Scientific memoirs by medical officers of the Army of India - Part VII,
Year: 1892
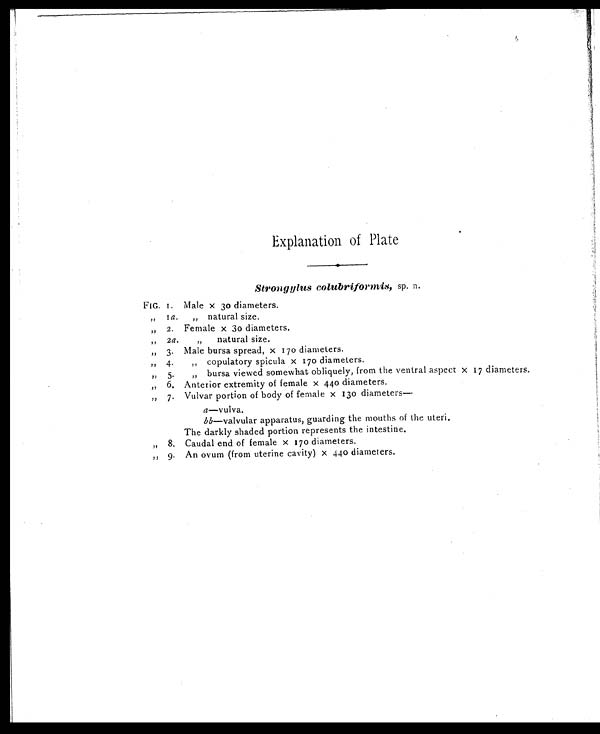
Explanation of Plate
Strongylus colubriformis, sp. n.
FIG. I. Male x 30 diameters.
„ I a. „ natural size.
„ 2. Female x 30 diameters.
„ 2 a.
„ natural size.
„ 3. Male bursa spread, x 170 diameters.
„
4.
„ copulatory spicula x 170 diameters.
„
5.
„ bursa viewed somewhat obliquely, from the ventral aspect x 17 diameters.
„ 6. Anterior extremity of female x 440 diameters.
„ 7. Vulvar portion of body of female x 130 diameters—
a—vulva.
bb—valvular apparatus, guarding the mouths of the uteri.
The darkly shaded portion represents the intestine.
„ 8. Caudal end of female x 170 diameters.
„ 9. An ovum (from uterine cavity) x 440 diameters.